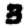
Digit: 3